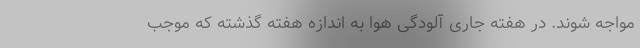
مواجه شوند. در هفته جاری آلودگی هوا به اندازه هفته گذشته که موجب